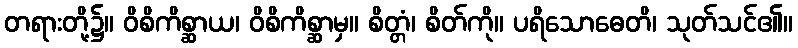
တရားတို့၌။ ဝိစိကိစ္ဆာယ၊ ဝိစိကိစ္ဆာမှ။ စိတ္တံ၊ စိတ်ကို။ ပရိသောဓေတိ၊ သုတ်သင်၏။